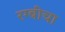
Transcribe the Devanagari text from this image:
रग्बीचा